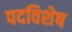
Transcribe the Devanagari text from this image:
पदविशेष